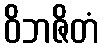
ဝိဘဇိတံ